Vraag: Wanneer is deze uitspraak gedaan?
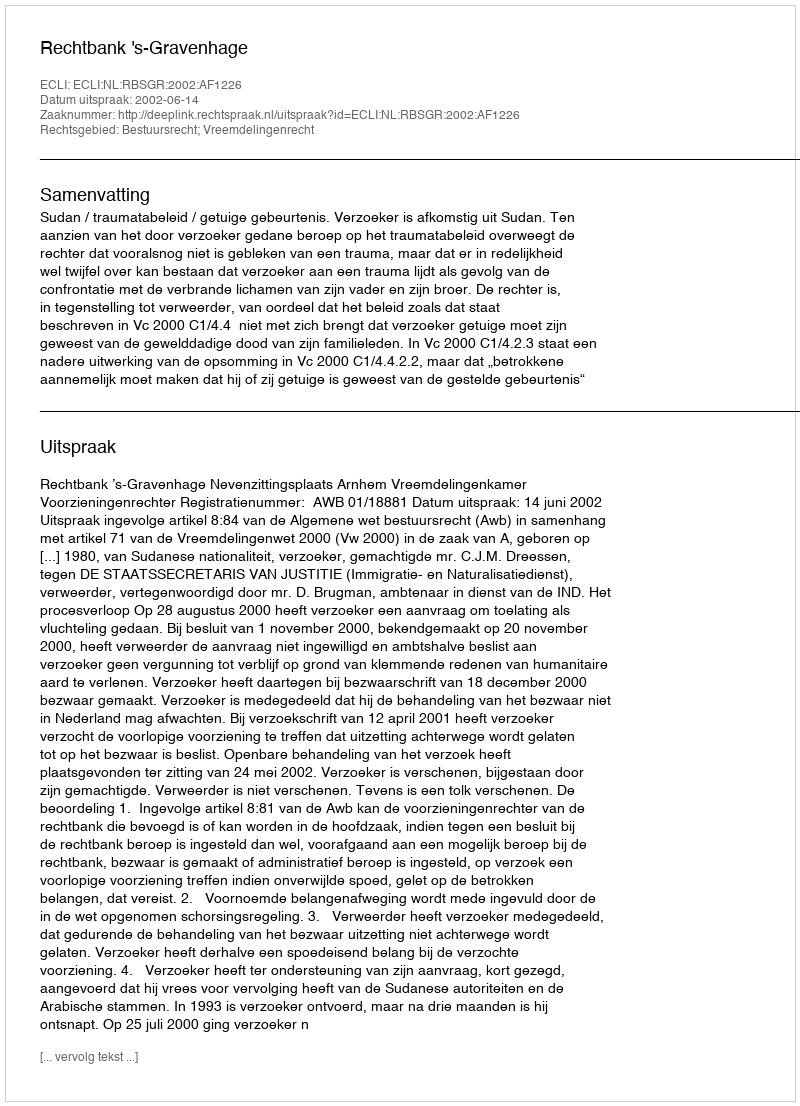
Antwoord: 2002-06-14